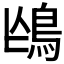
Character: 𩿌